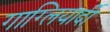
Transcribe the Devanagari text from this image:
गाग्लियार्दी